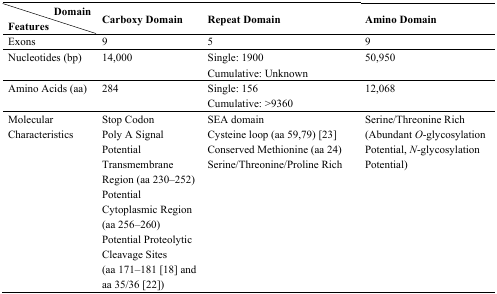
<table><thead><tr><td><b>Domain</b></td><td rowspan="2"><b>Carboxy Domain</b></td><td rowspan="2"><b>Repeat Domain</b></td><td rowspan="2"><b>Amino Domain</b></td></tr><tr><td><b>Features</b></td></tr></thead><tbody><tr><td>Exons</td><td>9</td><td>5</td><td>9</td></tr><tr><td>Nucleotides (bp)</td><td>14,000</td><td>Single: 1900Cumulative: Unknown</td><td>50,950</td></tr><tr><td>Amino Acids (aa)</td><td>284</td><td>Single: 156Cumulative: &gt;9360</td><td>12,068</td></tr><tr><td>Molecular Characteristics</td><td>Stop CodonPoly A SignalPotential Transmembrane Region (aa 230–252)Potential Cytoplasmic Region (aa 256–260)Potential ProteolyticCleavage Sites (aa 171–181 [18] and aa 35/36 [22])</td><td>SEA domainCysteine loop (aa 59,79) [23]Conserved Methionine (aa 24)Serine/Threonine/Proline Rich</td><td>Serine/Threonine Rich(Abundant <i>O</i>-glycosylation Potential, <i>N</i>-glycosylation Potential)</td></tr></tbody></table>